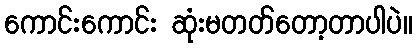
ကောင်းကောင်း ဆုံးမတတ်တော့တာပါပဲ။